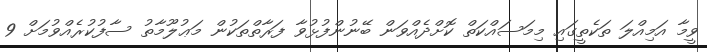
ވީމާ އަމިއްލަ ތަކެތީގައި މިމަސައްކަތް ކޮށްދެއްވަން ބޭނުންފުޅުވާ ފަރާތްތަކުން މަޢުލޫމާތު ސާފުކުރެއްވުމަށް 9